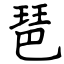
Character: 琶